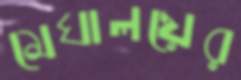
মেঘালয়ের